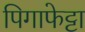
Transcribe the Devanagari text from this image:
पिगाफेट्टा